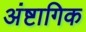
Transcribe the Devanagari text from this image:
अंष्टागिक